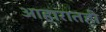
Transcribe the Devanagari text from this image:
आहारातही